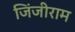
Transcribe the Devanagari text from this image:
जिंजीराम